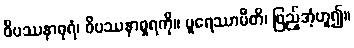
ဝိပဿနာဓုရံ၊ ဝိပဿနာဓူရကို။ ပူရေဿာမီတိ၊ ဖြည့်အံ့ဟူ၍။